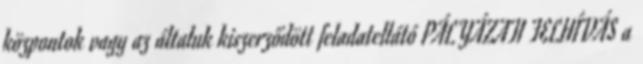
központok vagy az általuk kiszerződött feladatellátó PÁLYÁZATI FELHÍVÁS a